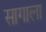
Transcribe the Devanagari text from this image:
सागाला